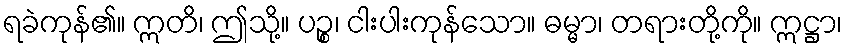
ရခဲကုန်၏။ ဣတိ၊ ဤသို့။ ပဉ္စ၊ ငါးပါးကုန်သော။ ဓမ္မာ၊ တရားတို့ကို။ ဣဋ္ဌာ၊